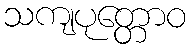
သကျပုတ္တောဝ